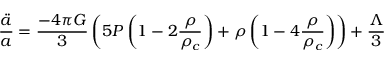
\frac { \ddot { a } } { a } = \frac { - 4 \pi G } { 3 } \left( 5 P \left( 1 - 2 \frac { \rho } { \rho _ { c } } \right) + \rho \left( 1 - 4 \frac { \rho } { \rho _ { c } } \right) \right) + \frac { \Lambda } { 3 }